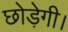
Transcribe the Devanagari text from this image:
छोड़ेगी।